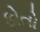
ફોતો